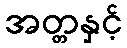
အတ္တနှင့်